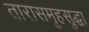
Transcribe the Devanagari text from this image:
तारासमूहसुद्धा